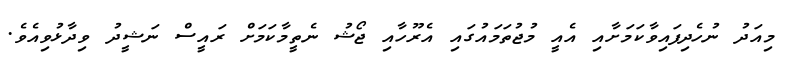
މިއަދު ނުހެދިފައިވާކަމަށާއި އެއީ މުޖުތަމައުގައި އެރޫހާއި ޖޯޝު ނެތީމާކަމަށް ރައީސް ނަޝީދު ވިދާޅުވިއެވެ.